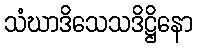
သံဃာဒိသေသဒိဋ္ဌိနော